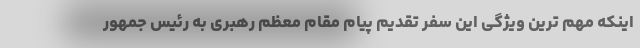
اینکه مهم ترین ویژگی این سفر تقدیم پیام مقام معظم رهبری به رئیس جمهور